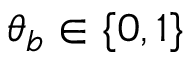
\theta _ { b } \in \{ 0 , 1 \}